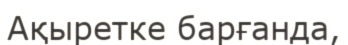
Ақыретке барғанда,